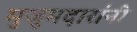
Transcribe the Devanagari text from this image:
मुजुमदारांनी